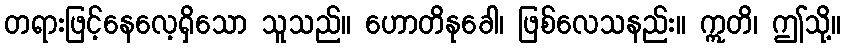
တရားဖြင့်နေလေ့ရှိသော သူသည်။ ဟောတိနုခေါ၊ ဖြစ်လေသနည်း။ ဣတိ၊ ဤသို့။